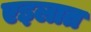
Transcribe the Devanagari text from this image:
एइलात